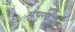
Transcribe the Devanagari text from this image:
मधुरकवी